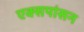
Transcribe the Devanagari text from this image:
एक्सपांसन